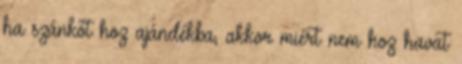
ha szánkót hoz ajándékba, akkor miért nem hoz havat